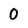
Character: 0